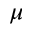
\mu